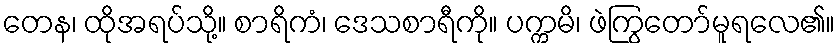
တေန၊ ထိုအရပ်သို့။ စာရိကံ၊ ဒေသစာရီကို။ ပက္ကမိ၊ ဖဲကြွတော်မူရလေ၏။